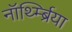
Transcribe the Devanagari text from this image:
नॉर्थ्म्ब्रिया